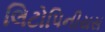
લિટોપિનીયસ